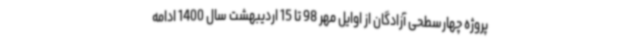
پروژه چهارسطحی آزادگان از اوایل مهر 98 تا 15 اردیبهشت سال 1400 ادامه